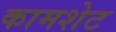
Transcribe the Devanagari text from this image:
कामशेट